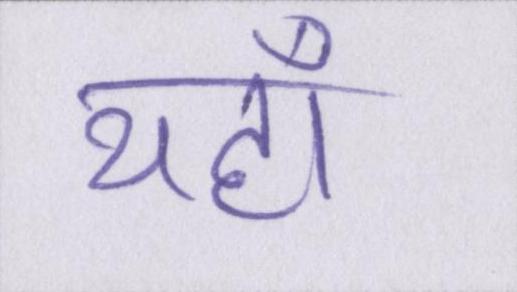
यहाँ